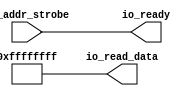
/*
 * MicroBlaze IO bus default responder
 *
 * Provides a default response on the IO bus when no target is
 * addressed to prevent a bus hang.
 *
 * Copyright (c) 2022 Matt Liss
 * BSD-3-Clause
 */

module iobus_default_response#(
    parameter DEFAULT_VALUE = 32'hffffffff
    ) (
    input io_addr_strobe,
    output [31:0] io_read_data,
    output io_ready
    );

    assign io_read_data = DEFAULT_VALUE;
    assign io_ready = io_addr_strobe;

endmodule